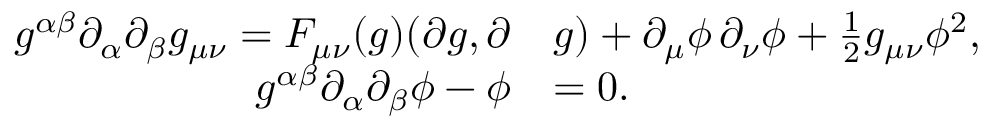
\begin{array} { r l } { g ^ { \alpha \beta } \partial _ { \alpha } \partial _ { \beta } g _ { \mu \nu } = F _ { \mu \nu } ( g ) ( \partial g , \partial } & { g ) + \partial _ { \mu } \phi \, \partial _ { \nu } \phi + \frac 1 2 g _ { \mu \nu } \phi ^ { 2 } , } \\ { g ^ { \alpha \beta } \partial _ { \alpha } \partial _ { \beta } \phi - \phi } & { = 0 . } \end{array}